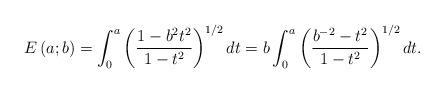
LaTeX: \begin{align*}E\left( {a;b}\right) =\int_{0}^{a}{\left( {\frac{1-b^{2}t^{2}}{1-t^{2}}}\right) ^{1/2}dt}=b\int_{0}^{a}{\left( {\frac{b^{-2}-t^{2}}{1-t^{2}}}\right) ^{1/2}dt}. \end{align*}